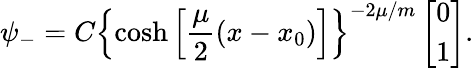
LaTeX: \psi_{-}=C\left\{ \cosh\left[\frac{\mu}{2}(x-x_{0})\right]\right\} ^{-2\mu/m}\left[\begin{array}{c}{{0}}\\ {{1}}\end{array}\right].